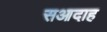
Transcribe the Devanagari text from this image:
सआदाह